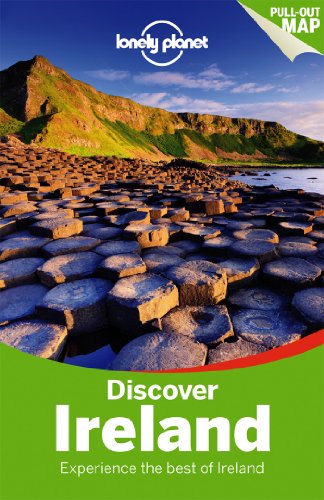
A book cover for Lonely Planet Discover Ireland (Travel Guide); Lonely Planet; Travel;